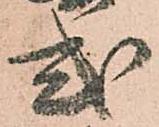
式